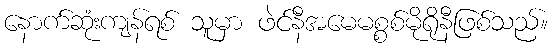
နောက်ဆုံးကျန်ရစ် သူမှာ ဖဲင်နီအမေမစ္စစ်မိုရိုနီဖြစ်သည်။